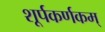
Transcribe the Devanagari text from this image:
शूर्पकर्णकम्